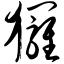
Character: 猡